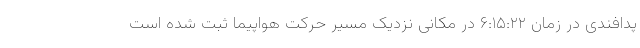
پدافندی در زمان ۶:۱۵:۲۲ در مکانی نزدیک مسیر حرکت هواپیما ثبت شده است